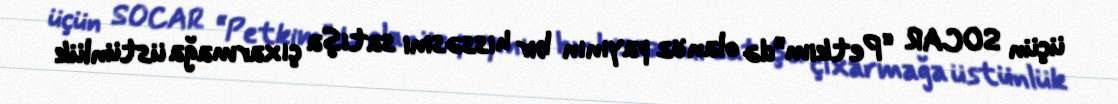
üçün SOCAR “Petkim”də olan öz payının bir hissəsini satışa çıxarmağa üstünlük